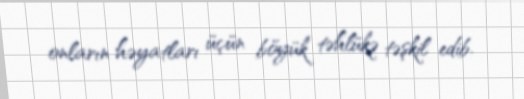
onların həyatları üçün böyük təhlükə təşkil edib.